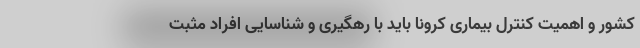
کشور و اهمیت کنترل بیماری کرونا باید با رهگیری و شناسایی افراد مثبت